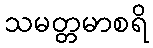
သမတ္တမာစရိ